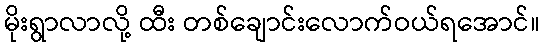
မိုးရွာလာလို့ ထီး တစ်ချောင်းလောက်ဝယ်ရအောင်။